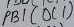
Text: PB1